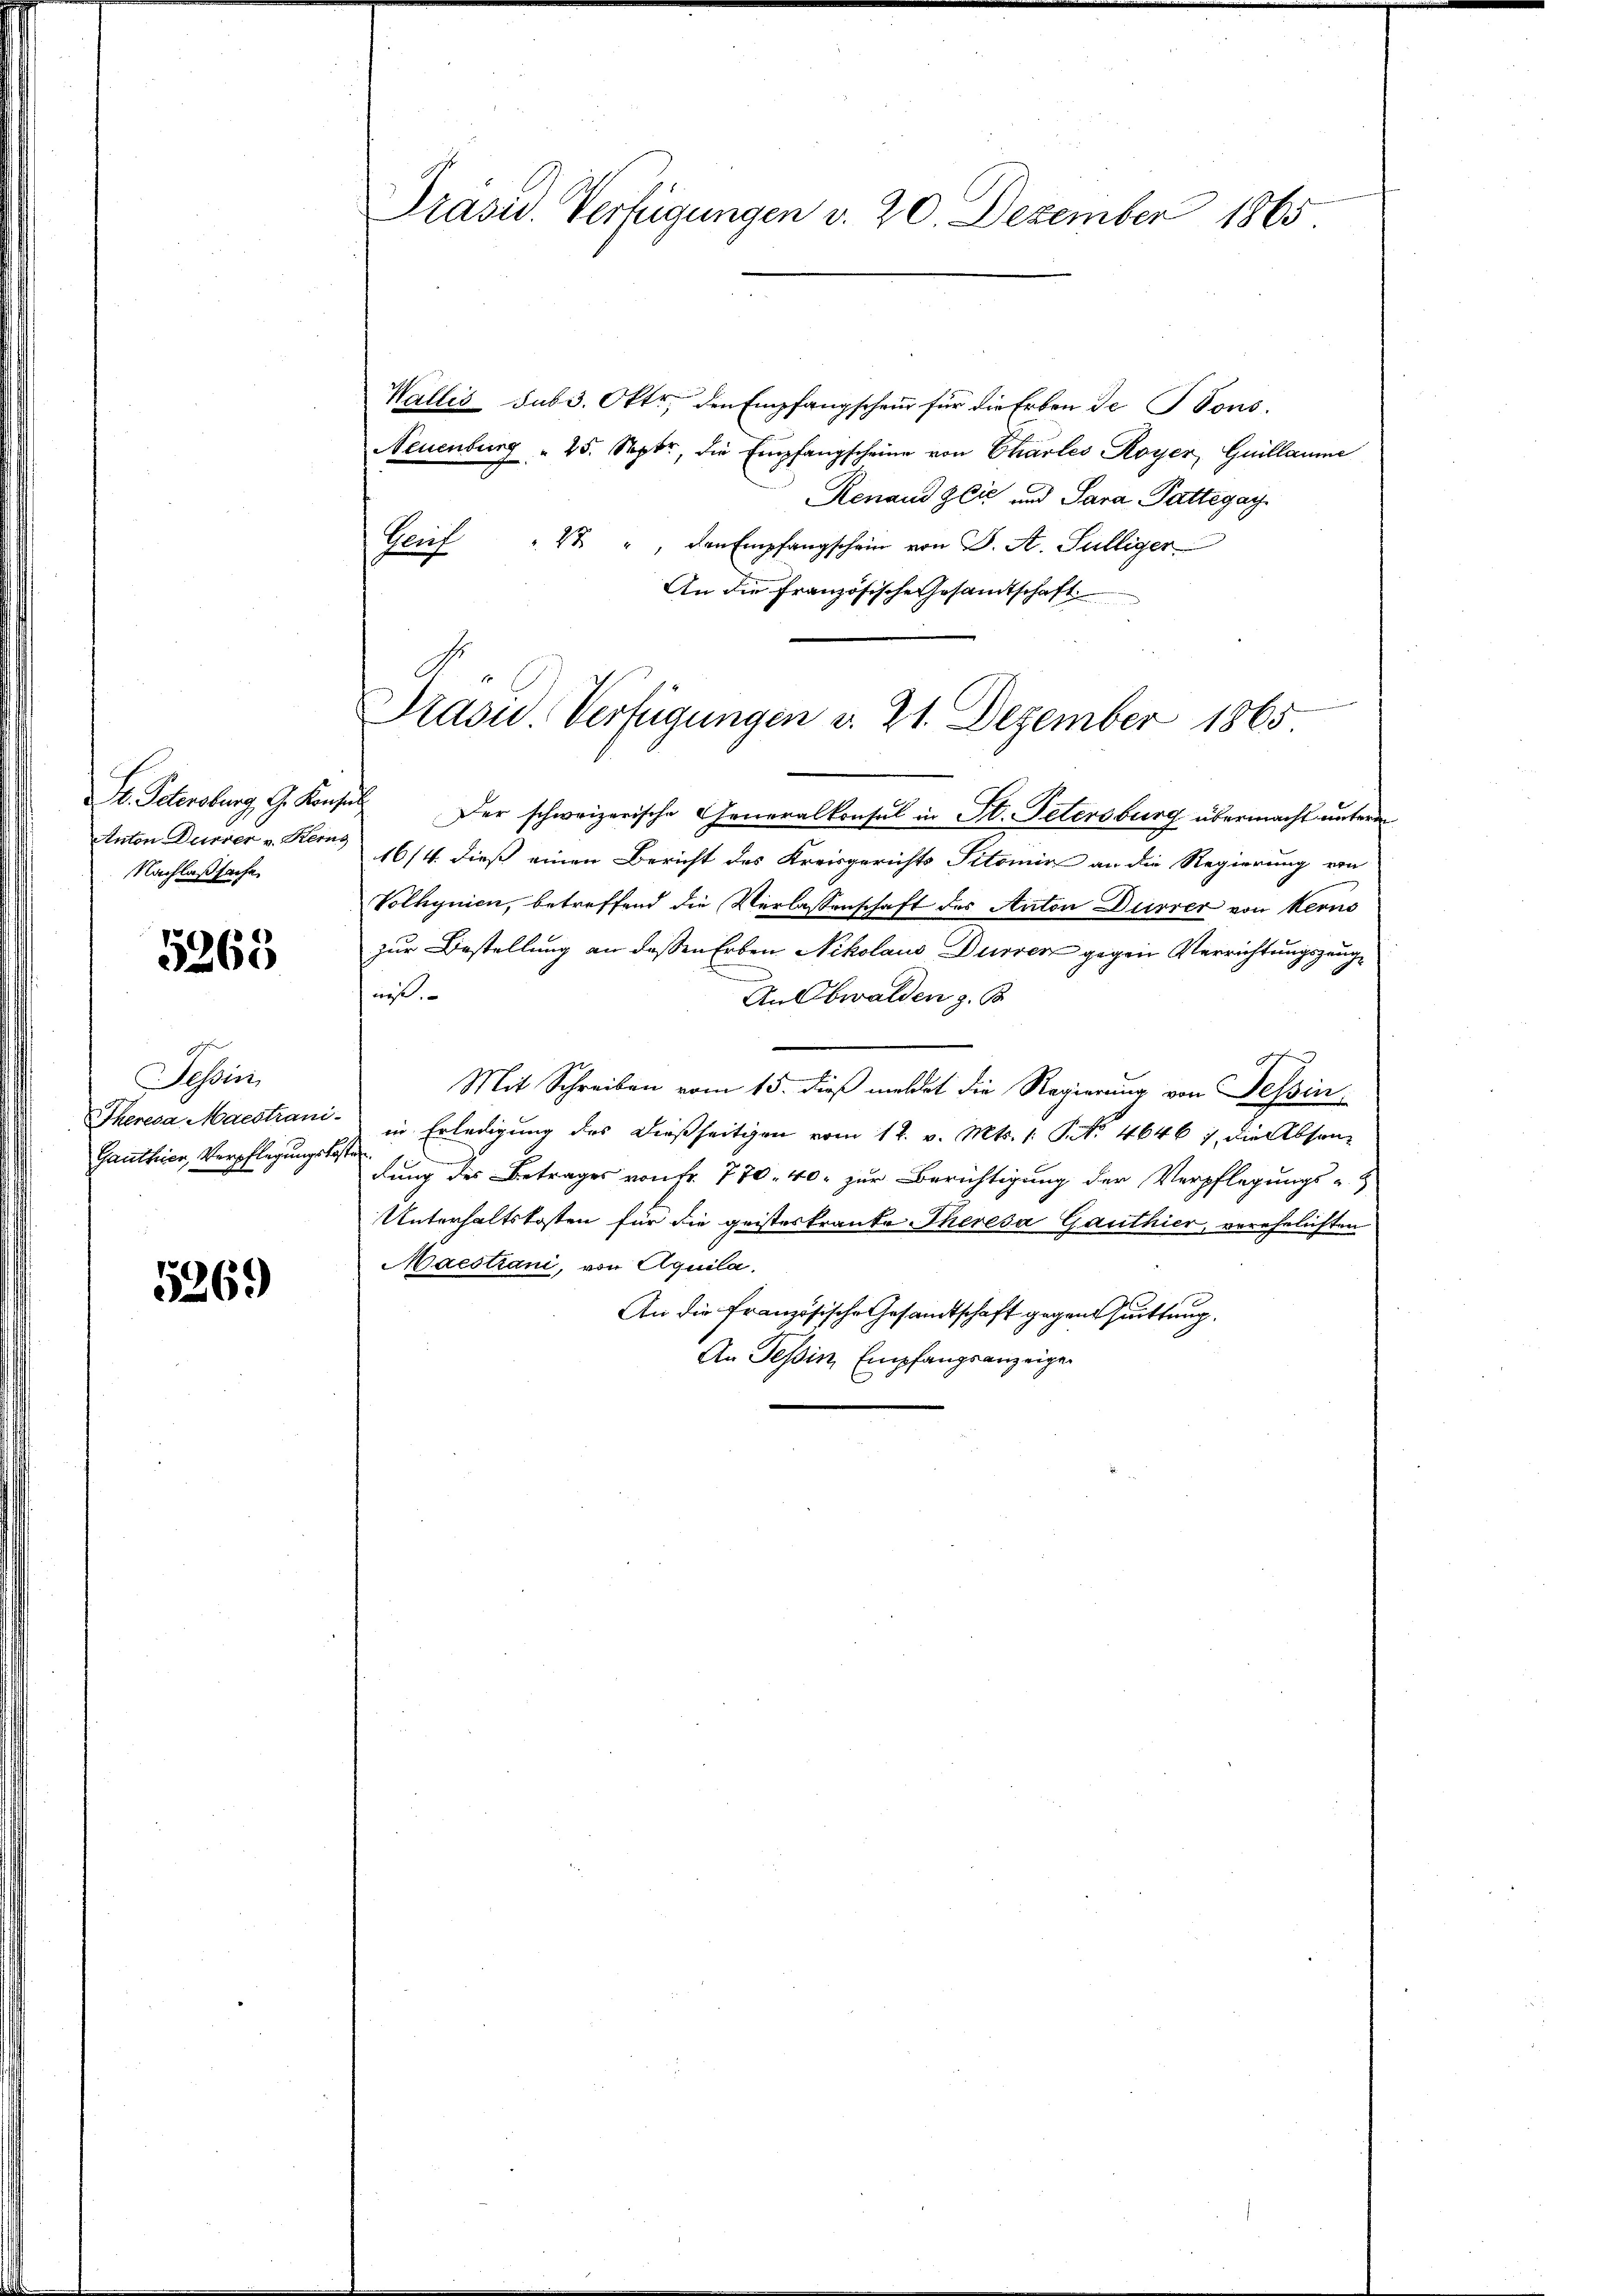
S. Petersburg, G. Konsul
Anton Dürrer v. Reis
Nachlaßsache

5268

Sessirt,
Theresa Maestrani¬
Ganthier, Verpflegungskost

5269

Präsid. Verfügungen v. 20. Dezember 1865

Präsid. Verfügungen v. 21. Dezember 1865

Wallis sub 3. Oktr, den Empfangscheur für die Erben de Sons
Neuenburg  25. Septr., die Empfangscheine von Charles Royer, Guillaume
Renaud Zlić und Sara Pattegay
Geif " " " den Empfangschein von S. A. Sulliger
An die französische Gesandtschaft
Der schweizerische Generalkonsul in St. Petersburg übermacht unterm
16/4. dieß einen Bericht des Kreisgerichts Titomir an die Regierung von
Volhynien, betreffend die Verlassenschaft des Anton Dürrer von Kerno
zur Bestellung an deßen Erben Nikolaus Dürren gegen Verrichtungszeugngt.
An Obwalden z. B.
Mit Schreiben vom 15. dieß meldet die Regierung von Tessin
in Erledigung des dießseitigen vom 12. v. Mts. 1. No. 4646, die Absondung des Betrages von Fr. 770. 40. zur Berichtigung der Verpflegungs-
Unterhaltskosten für die geisteskranke Theresa Gauthier, verehelichten
Maestiani, von Aquila,
An die französische Gesandtschaft gegent suittung.
An Tessin, Empfangsanzeigen